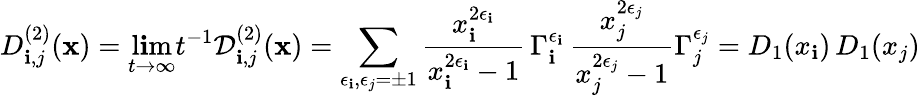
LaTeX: D_{\mathbf{i},j}^{(2)}(\mathbf{x})=\operatorname*{l\mathbf{i}m}_{t\to\infty}t^{-1}\mathcal{D}_{\mathbf{i},j}^{(2)}(\mathbf{x})=\sum_{\epsilon_{\mathbf{i}},\epsilon_{j}=\pm1}\frac{{x_{\mathbf{i}}^{2\epsilon_{\mathbf{i}}}}}{{x_{\mathbf{i}}^{2\epsilon_{\mathbf{i}}}-1}}\, \Gamma_{\mathbf{i}}^{\epsilon_{\mathbf{i}}}\, \frac{{x_{j}^{2\epsilon_{j}}}}{{x_{j}^{2\epsilon_{j}}-1}}\Gamma_{j}^{\epsilon_{j}}=D_{1}(x_{\mathbf{i}})\, D_{1}(x_{j})